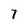
Character: 7